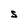
Character: S